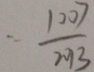
= \frac { 1 0 0 7 } { 2 0 1 3 }